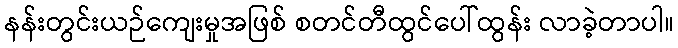
နန်းတွင်းယဉ်ကျေးမှုအဖြစ် စတင်တီထွင်ပေါ်ထွန်း လာခဲ့တာပါ။